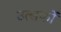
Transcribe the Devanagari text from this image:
उत्सकों